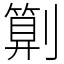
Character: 㔍